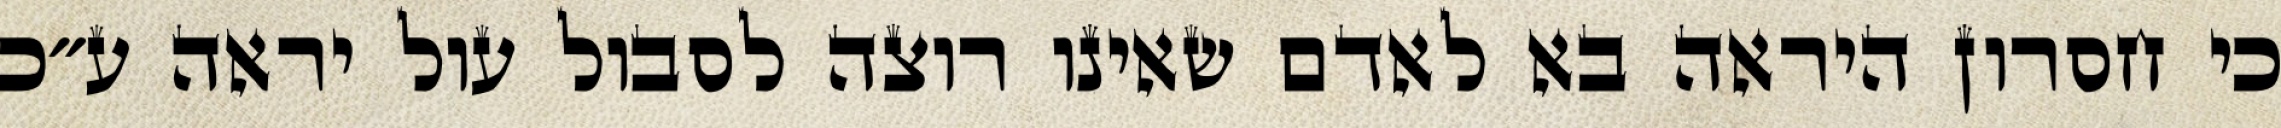
כי חסרון היראה בא לאדם שאינו רוצה לסבול עול יראה ע״כ